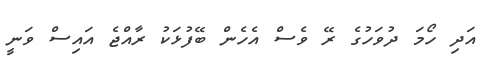
އަދި ހޯމަ ދުވަހުގެ ރޭ ވެސް އެހެން ބޭފުޅަކު ރާއްޖެ އައިސް ވަނީ